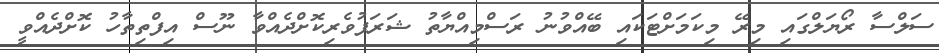
ސަލްސާ ރޯޔަލްގައި މިރޭ މިކަމަށްޓަކައި ބޭއްވުނު ރަސްމިއްޔާތު ޝަރަފުވެރިކޮށްދެއްވާ ނޫސް އިފްތިތާހު ކޮށްދެއްވީ